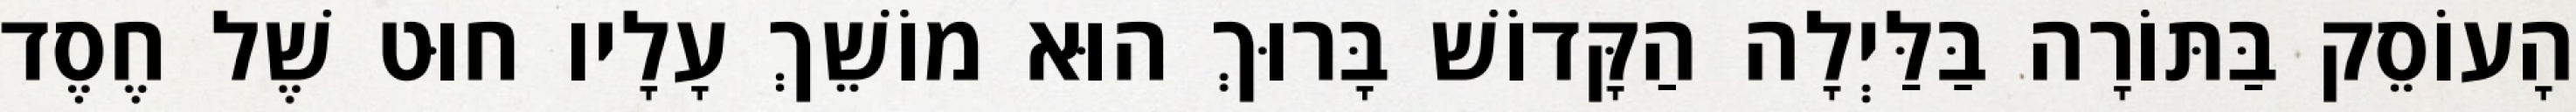
הָעוֹסֵק בַּתּוֹרָה בַּלַּיְלָה הַקָּדוֹשׁ בָּרוּךְ הוּא מוֹשֵׁךְ עָלָיו חוּט שֶׁל חֶסֶד